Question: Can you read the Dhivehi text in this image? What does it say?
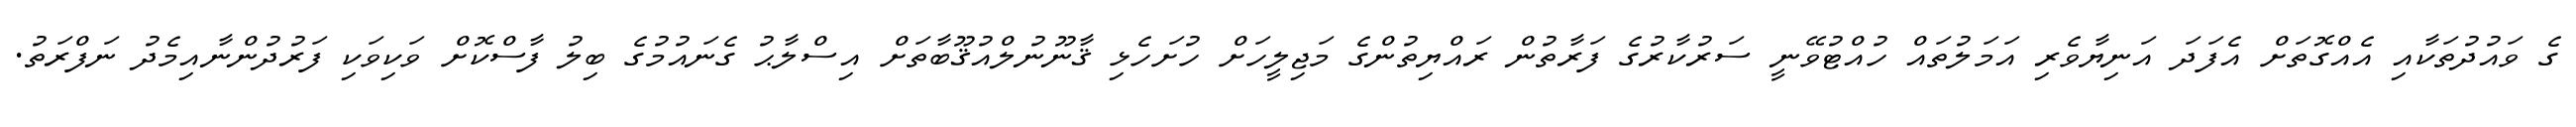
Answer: ގެ ވައުދުތަކާއި އެއްގޮތަށް އެފަދަ އަނިޔާވެރި އަމަލުތައް ހުއްޓުވޭނީ ސަރުކާރުގެ ފަރާތުން ރައްޔިތުންގެ މަޖިލީހަށް ހުށަހެޅި ޤާނޫނުލްއުޤޫބާތަށް އިސްލާޙު ގެނައުމުގެ ބިލު ފާސްކޮށް ވަކިވަކި ފަރުދުންނާއިމެދު ނަފްރަތު.